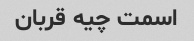
اسمت چیه قربان